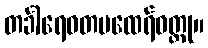
တင်္ခါရေဝတမထေရ်ဝတ္ထု။